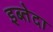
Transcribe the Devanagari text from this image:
इब्तेदा